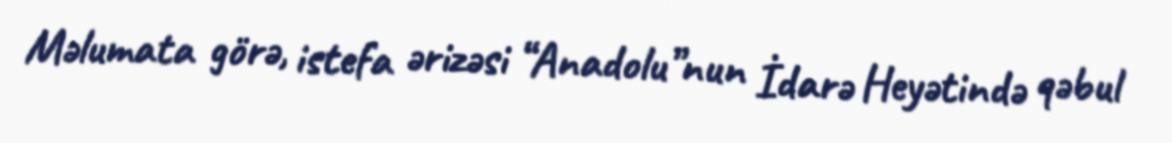
Məlumata görə, istefa ərizəsi “Anadolu”nun İdarə Heyətində qəbul